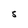
Character: S